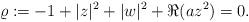
LaTeX: \begin{align*}\varrho := -1 + |z|^2 + |w|^2 + \Re (az^2) = 0.\end{align*}